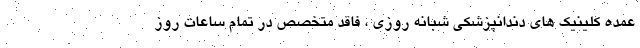
عمده کلینیک های دندانپزشکی شبانه روزی ، فاقد متخصص در تمام ساعات روز